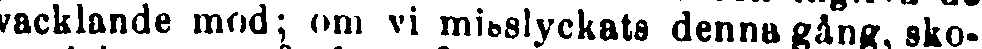
vacklande mod; om vi misslyckats denna gång, sko-